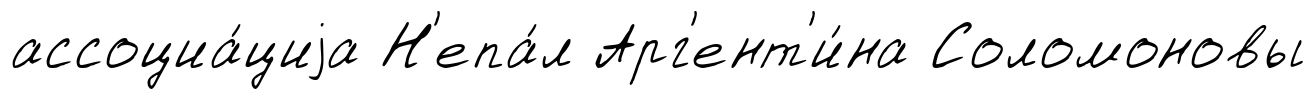
ассоциа́циjа Н'епа́л Арг'ент'и́на Соломоновы